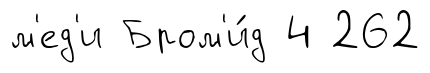
м'ед'и Бром'и́д 4 262